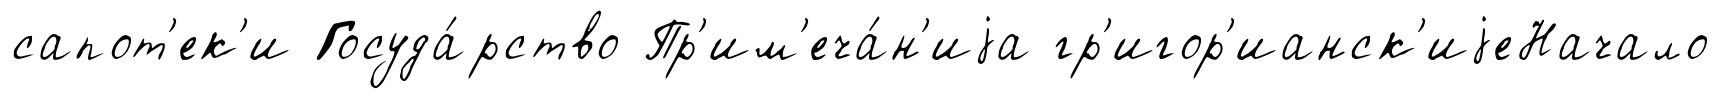
сапот'ек'и Госуда́рство Пр'им'еча́н'иjа гр'игор'ианск'иjеНачало